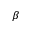
\beta